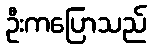
ဦးကပြောသည်